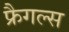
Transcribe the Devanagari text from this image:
फ्रैगल्स